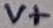
Text: V+